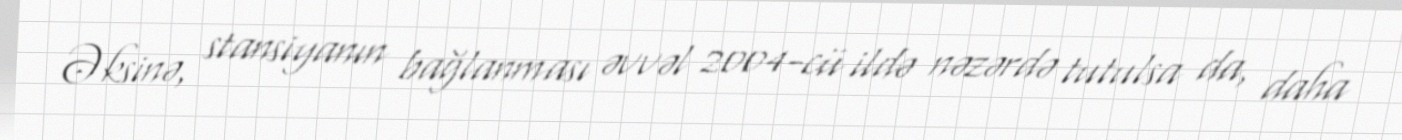
Əksinə, stansiyanın bağlanması əvvəl 2004-cü ildə nəzərdə tutulsa da, daha